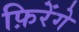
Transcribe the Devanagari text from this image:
फ़िरेंगे